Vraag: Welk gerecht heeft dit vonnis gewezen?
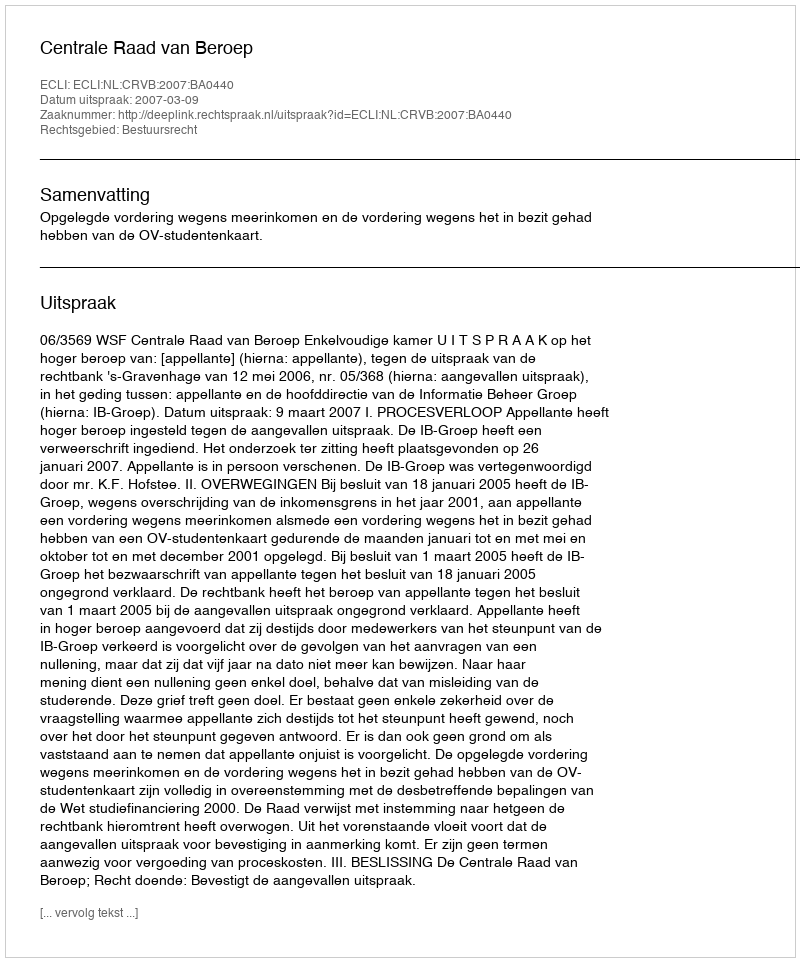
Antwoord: Centrale Raad van Beroep